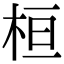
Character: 桓